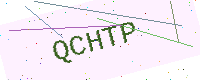
Text: QCHTP